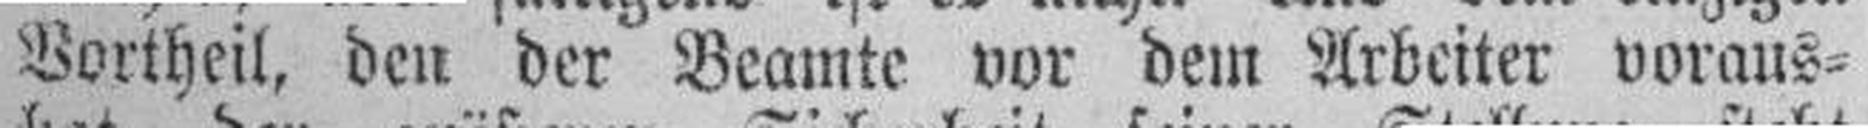
Vortheil, den der Beamte vor dem Arbeiter voraus¬